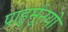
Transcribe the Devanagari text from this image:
प्राहुर्मुनयो